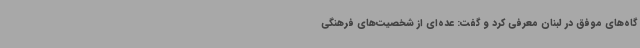
گاه‌های موفق در لبنان معرفی کرد و گفت: عده‌ای از شخصیت‌های فرهنگی